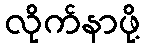
လိုက်နာဖို့